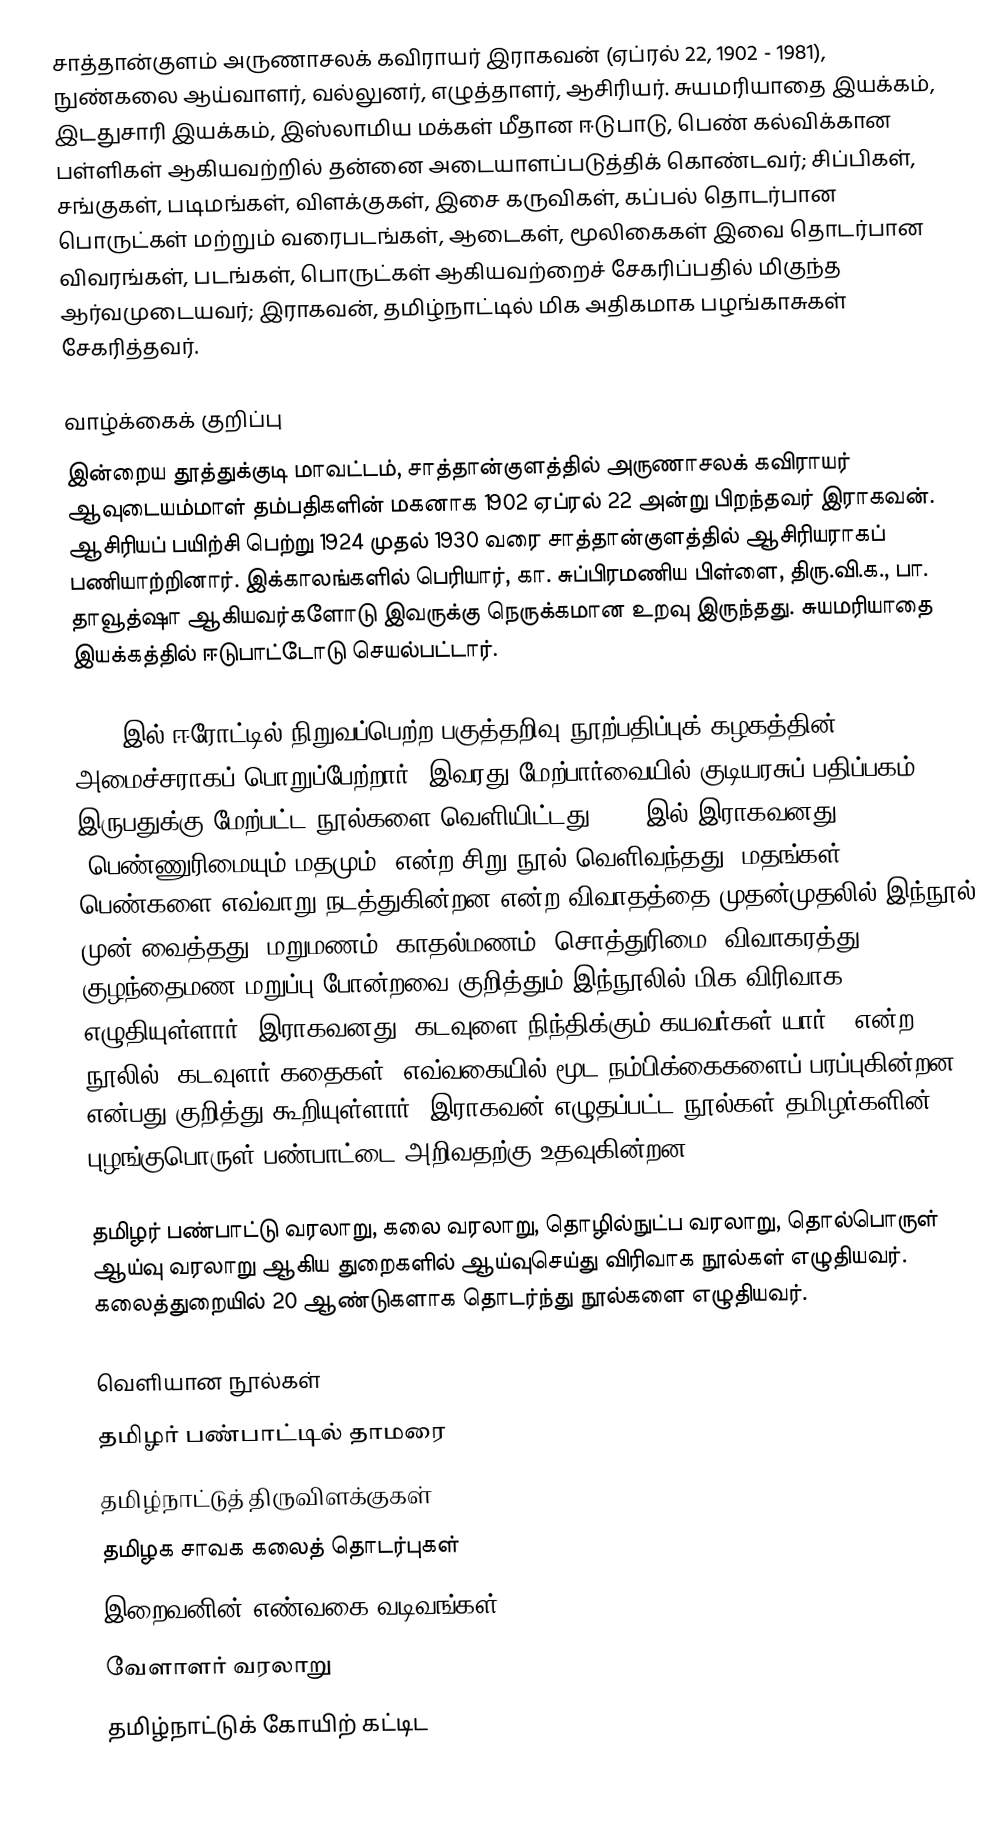
சாத்தான்குளம் அருணாசலக் கவிராயர் இராகவன் (ஏப்ரல் 22, 1902 - 1981), நுண்கலை ஆய்வாளர், வல்லுனர், எழுத்தாளர், ஆசிரியர். சுயமரியாதை இயக்கம், இடதுசாரி இயக்கம், இஸ்லாமிய மக்கள் மீதான ஈடுபாடு, பெண் கல்விக்கான பள்ளிகள் ஆகியவற்றில் தன்னை அடையாளப்படுத்திக் கொண்டவர்; சிப்பிகள், சங்குகள், படிமங்கள், விளக்குகள், இசை கருவிகள், கப்பல் தொடர்பான பொருட்கள் மற்றும் வரைபடங்கள், ஆடைகள், மூலிகைகள் இவை தொடர்பான விவரங்கள், படங்கள், பொருட்கள் ஆகியவற்றைச் சேகரிப்பதில் மிகுந்த ஆர்வமுடையவர்; இராகவன், தமிழ்நாட்டில் மிக அதிகமாக பழங்காசுகள் சேகரித்தவர்.

வாழ்க்கைக் குறிப்பு
இன்றைய தூத்துக்குடி மாவட்டம், சாத்தான்குளத்தில் அருணாசலக் கவிராயர் ஆவுடையம்மாள் தம்பதிகளின் மகனாக 1902 ஏப்ரல் 22 அன்று பிறந்தவர்  இராகவன். ஆசிரியப் பயிற்சி பெற்று 1924 முதல் 1930 வரை சாத்தான்குளத்தில் ஆசிரியராகப் பணியாற்றினார். இக்காலங்களில் பெரியார், கா. சுப்பிரமணிய பிள்ளை, திரு.வி.க., பா. தாவூத்ஷா ஆகியவர்களோடு இவருக்கு நெருக்கமான உறவு இருந்தது. சுயமரியாதை இயக்கத்தில் ஈடுபாட்டோடு செயல்பட்டார்.

1930-இல் ஈரோட்டில் நிறுவப்பெற்ற பகுத்தறிவு நூற்பதிப்புக் கழகத்தின் அமைச்சராகப் பொறுப்பேற்றார். இவரது மேற்பார்வையில் குடியரசுப் பதிப்பகம் இருபதுக்கு மேற்பட்ட நூல்களை வெளியிட்டது. 1935இல் இராகவனது "பெண்ணுரிமையும் மதமும்" என்ற சிறு நூல் வெளிவந்தது. மதங்கள், பெண்களை எவ்வாறு நடத்துகின்றன என்ற விவாதத்தை முதன்முதலில் இந்நூல் முன் வைத்தது. மறுமணம், காதல்மணம், சொத்துரிமை, விவாகரத்து, குழந்தைமண மறுப்பு போன்றவை குறித்தும் இந்நூலில் மிக விரிவாக எழுதியுள்ளார். இராகவனது "கடவுளை நிந்திக்கும் கயவர்கள் யார்?" என்ற  நூலில் "கடவுளர் கதைகள்" எவ்வகையில் மூட நம்பிக்கைகளைப் பரப்புகின்றன என்பது குறித்து கூறியுள்ளார். இராகவன் எழுதப்பட்ட நூல்கள் தமிழர்களின் புழங்குபொருள் பண்பாட்டை அறிவதற்கு உதவுகின்றன.

தமிழர் பண்பாட்டு வரலாறு, கலை வரலாறு, தொழில்நுட்ப வரலாறு, தொல்பொருள் ஆய்வு வரலாறு ஆகிய துறைகளில் ஆய்வுசெய்து விரிவாக நூல்கள் எழுதியவர். கலைத்துறையில் 20 ஆண்டுகளாக தொடர்ந்து நூல்களை எழுதியவர்.

வெளியான நூல்கள்
 தமிழர் பண்பாட்டில் தாமரை
 தமிழ்நாட்டுத் திருவிளக்குகள்
 தமிழக சாவக கலைத் தொடர்புகள்
 இறைவனின் எண்வகை வடிவங்கள்
 வேளாளர் வரலாறு
 தமிழ்நாட்டுக் கோயிற் கட்டிட